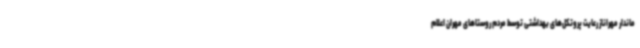
ماندار مهراناز رعایت پروتکل‌های بهداشتی توسط مردم روستاهای مهران اعلام